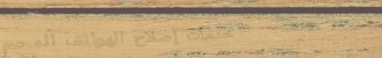
خدمات إصلاح الهواتف المحم